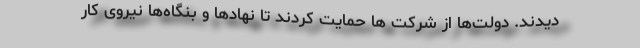
دیدند. دولت‌ها از شرکت ها حمایت کردند تا نهادها و بنگاه‌ها نیروی کار